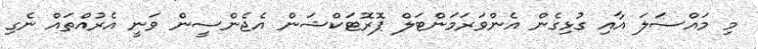
މި މައްސަލަ އާއި ގުޅިގެން އެންވަރަމަންޓަލް ޕޮރޮޓަކްޝަން އެޖެންސީން ވަނީ އެރުއްތައް ނެގި